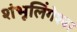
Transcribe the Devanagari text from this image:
शंभूलिंगेश्‍वर